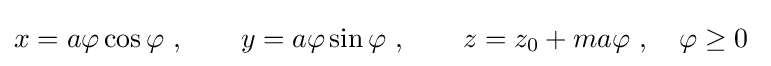
x=a\varphi \cos \varphi \ ,\qquad y=a\varphi \sin \varphi \ ,\qquad z=z_{0}+ma\varphi \ ,\quad \varphi \geq 0\